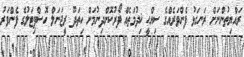
ރައްޔިތުންނަށް ރަނގަޅު ފެންވަރެއްގެ ސިއްޙީ ޚިދުމަތެއް ފޯރުކޮށްދިނުމަށް ހިތަދޫ ރީޖަނަލް ހޮސްޕިޓަލުގެ ފެންވަރު